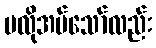
မလိုအပ်သော်လည်း